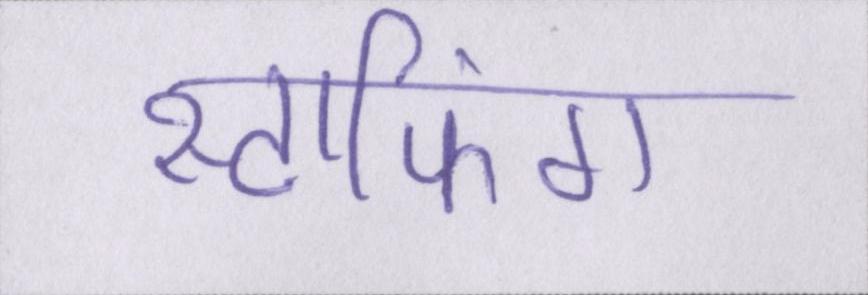
स्टाफिंग